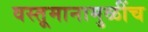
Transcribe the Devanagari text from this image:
वस्तूमानामुळींच